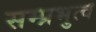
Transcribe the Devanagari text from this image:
सम्प्रभुत्व